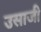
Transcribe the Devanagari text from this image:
उसाजी